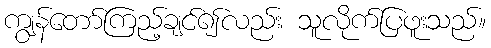
ကျွန်တော်ကြည့်ချင်၍လည်း သူလိုက်ပြဖူးသည်။